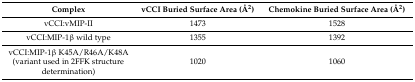
| Complex | vCCI Buried Surface Area (Å2) | Chemokine Buried Surface Area (Å2) |
 | --- | --- | --- |
 | vCCI:vMIP-II | 1473 | 1528 |
 | vCCI:MIP-1β wild type | 1355 | 1392 |
 | vCCI:MIP-1β K45A/R46A/K48A (variant used in 2FFK structure determination) | 1020 | 1060 |